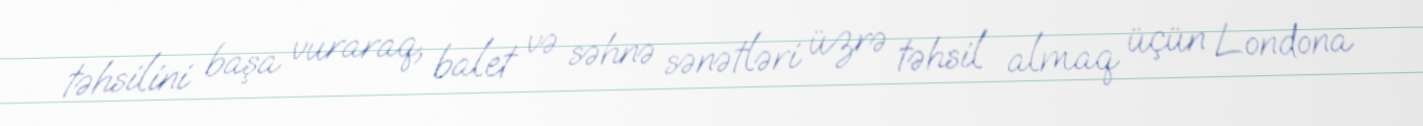
təhsilini başa vuraraq, balet və səhnə sənətləri üzrə təhsil almaq üçün Londona